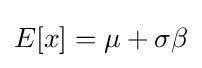
E[x]=\mu +\sigma \beta